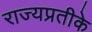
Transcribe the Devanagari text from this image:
राज्यप्रतीके